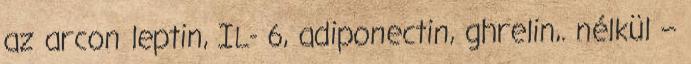
az arcon leptin, IL- 6, adiponectin, ghrelin,. nélkül –